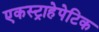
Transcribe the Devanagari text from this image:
एकस्ट्राहेपेटिक